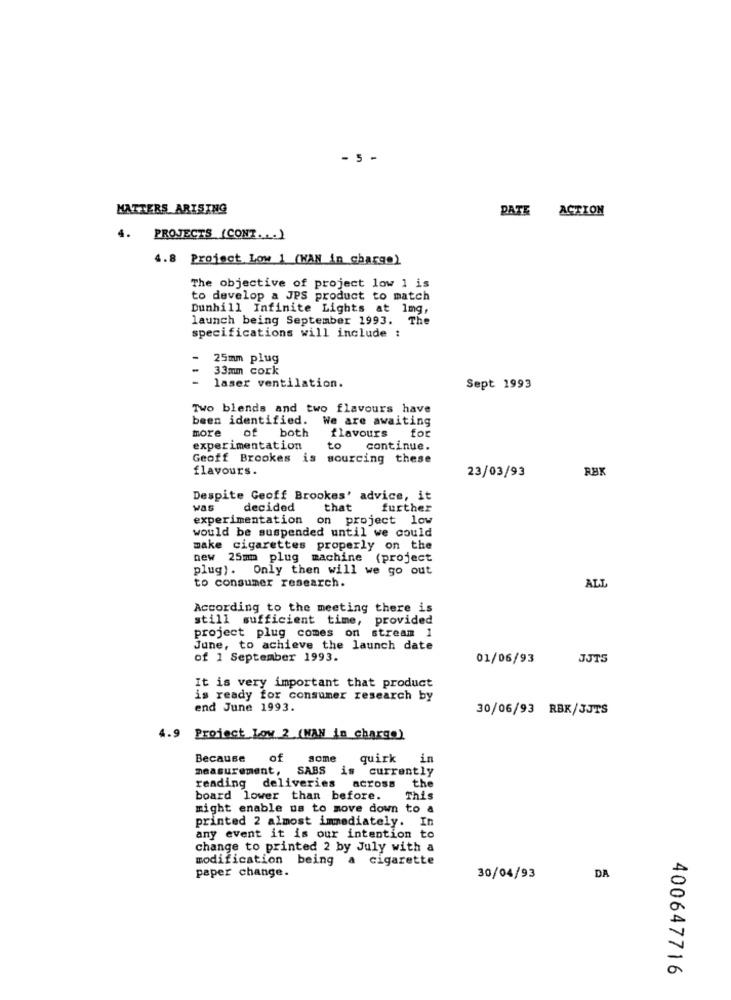
- 5 -
MATTERS ARISING
DATE ACTION
4. PROJECTS (CONT. .. )
4.8 Project Low 1 (HAN in charge)
The objective of project low 1 is
to develop a JPS product to match
Dunhill Infinite Lights at 1mg,
launch being September 1993. The
specifications will include :
25mm plug
33mm cork
-
laser ventilation.
Sept 1993
Two blends and two flavours have
been identified.
We are awaiting
more
flavours for
of both
experimentation
to
continue.
Geoff Brookes is sourcing these
flavours.
RBK
23/03/93
Despite Geoff Brookes' advice, it
Was
decided
that
further
experimentation on project low
would be suspended until we could
make cigarettes properly on the
new 25mm plug machine (project
plug). Only then will we go out
to consumer research.
ALL
According to the meeting there is
still sufficient time, provided
project plug comes on stream 1
June, to achieve the launch date
of 1 September 1993.
01/06/93
JJTS
It is very important that product
is ready for consumer research by
end June 1993.
30/06/93 RBK/3JTS
4.9 Project Low 2 (NAN in charge)
Because
of
some
quirk
in
measurement, SABS
is
currently
reading deliveries
the
aCross
board lower than before.
This
might enable us to move down to a
printed 2 almost immediately.
In
any event it is our intention to
change to printed 2 by July with a
modification being
a cigarette
paper change.
30/04/93
DA
400647716